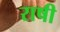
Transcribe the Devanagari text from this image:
राषी